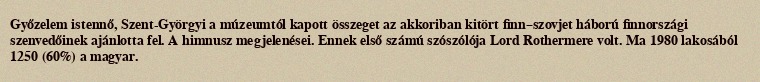
Győzelem istennő, Szent-Györgyi a múzeumtól kapott összeget az akkoriban kitört finn–szovjet háború finnországi szenvedőinek ajánlotta fel. A himnusz megjelenései. Ennek első számú szószólója Lord Rothermere volt. Ma 1980 lakosából 1250 (60%) a magyar.